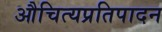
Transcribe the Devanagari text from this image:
औचित्यप्रतिपादन